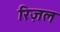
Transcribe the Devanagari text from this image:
रिज़ल